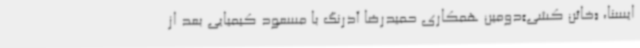
ایسنا، «خائن کشی»دومین همکاری حمیدرضا آذرنگ با مسعود کیمیایی بعد از